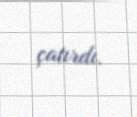
çatırdı.